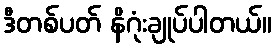
ဒီတစ်ပတ် နိဂုံးချုပ်ပါတယ်။